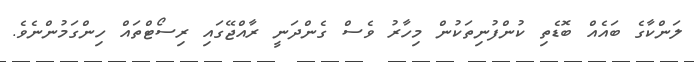
ލަންކާގެ ބައެއް ބޮޑެތި ކުންފުނިތަކުން މިހާރު ވެސް ގެންދަނީ ރާއްޖޭގައި ރިސޯޓްތައް ހިންގަމުންނެވެ.